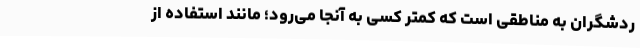
ردشگران به مناطقی است که کمتر کسی به آنجا می‌رود؛ مانند استفاده از